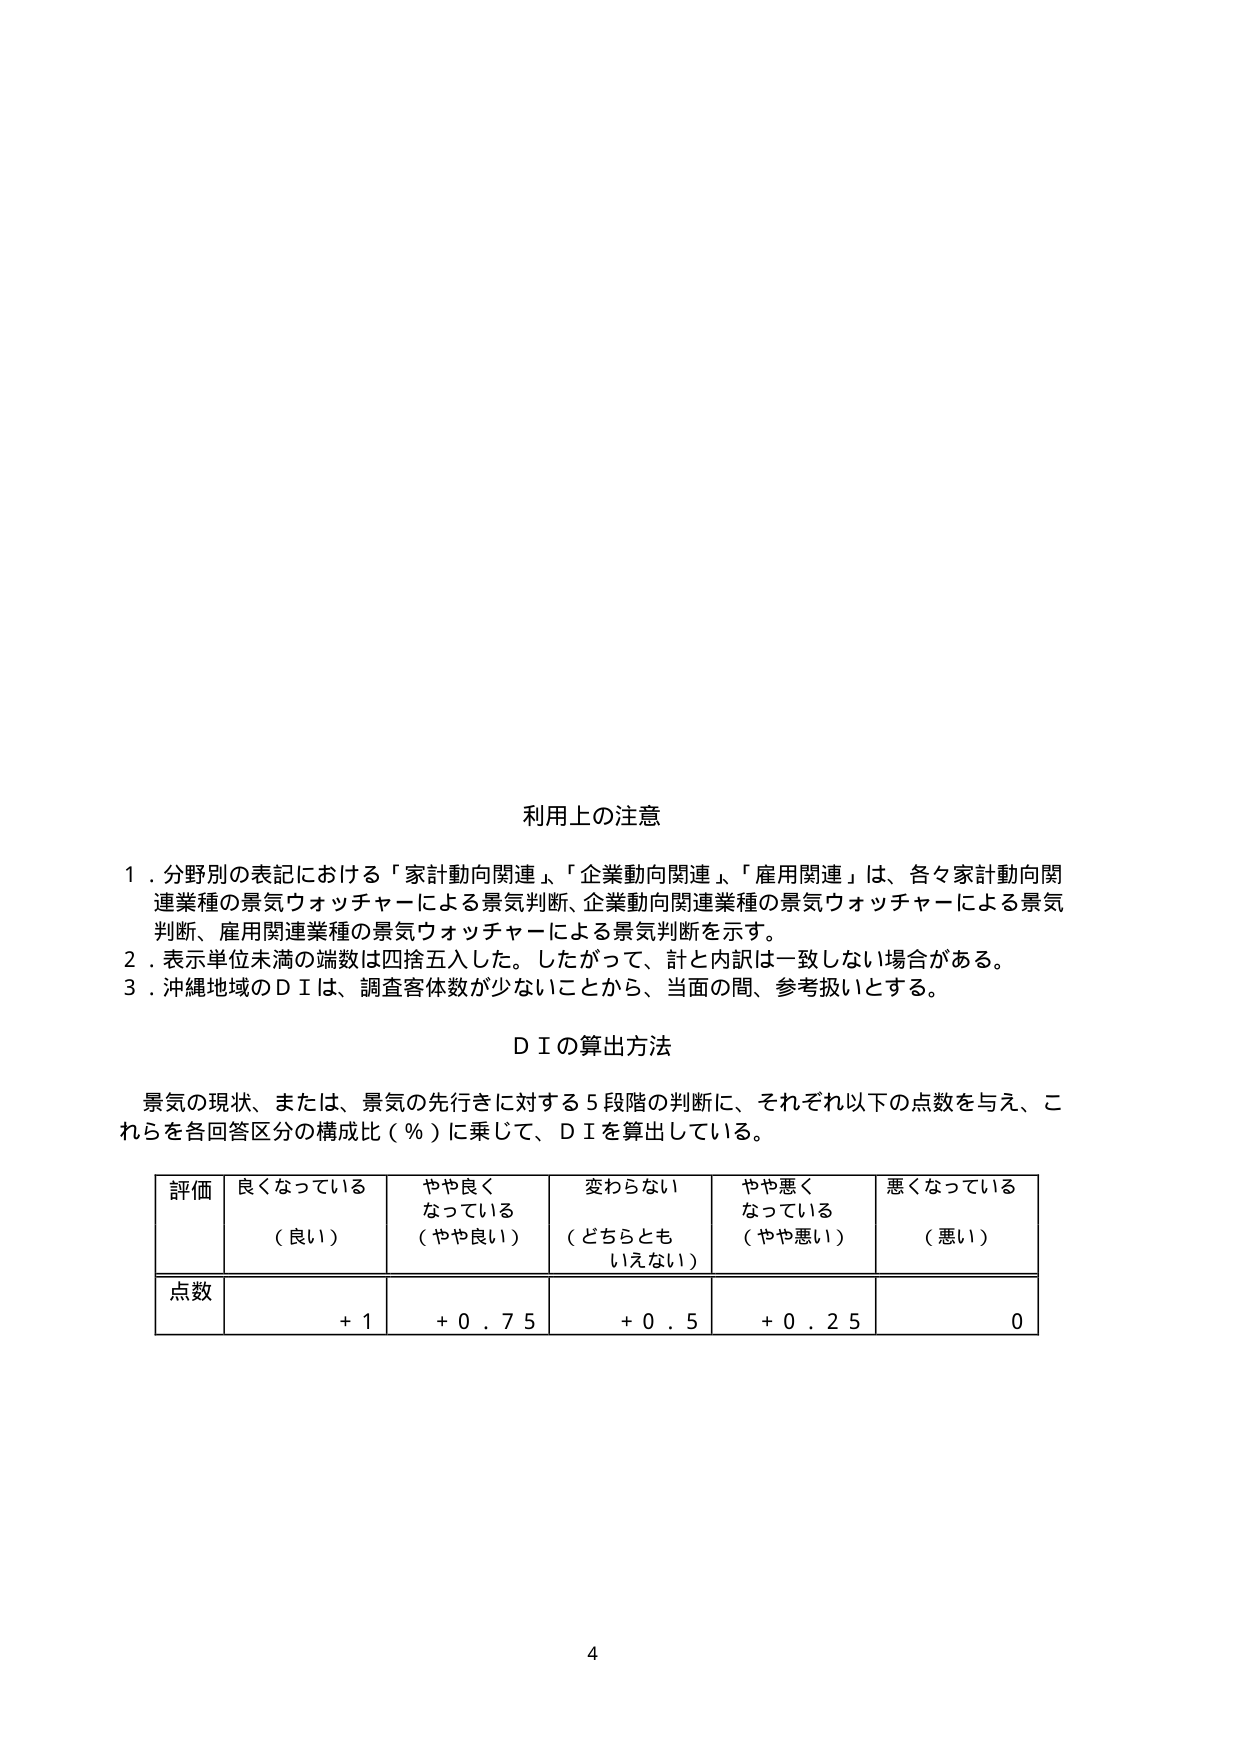
利用上の注意

１．分野別の表記における「家計動向関連」、「企業動向関連」、「雇用関連」は、各々家計動向関連業種の景気ウォッチャーによる景気判断、企業動向関連業種の景気ウォッチャーによる景気判断、雇用関連業種の景気ウォッチャーによる景気判断を示す。

２．表示単位未満の端数は四捨五入した。したがって、計と内訳は一致しない場合がある。

３．沖縄地域のＤＩは、調査客体数が少ないことから、当面の間、参考扱いとする。

ＤＩの算出方法

景気の現状、または、景気の先行きに対する５段階の判断に、それぞれ以下の点数を与え、これらを各回答区分の構成比（％）に乗じて、ＤＩを算出している。

評価　良くなっている　やや良く　変わらない　やや悪く　悪くなっている
　　　（良い）　　　なっている　（どちらとも　なっている　（悪い）
　　　　　　　　　　（やや良い）　いえない）　（やや悪い）

点数　　　　＋１　　　　＋０．７５　　＋０．５　　＋０．２５　　　０

4